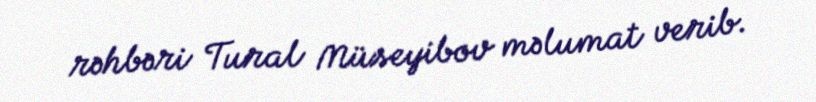
rəhbəri Tural Müseyibov məlumat verib.